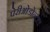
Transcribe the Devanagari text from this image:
पेरीओडोन्टल